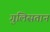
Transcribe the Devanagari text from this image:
गुलिसतान